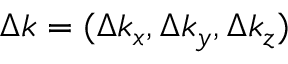
\Delta \boldsymbol { k } = ( \Delta k _ { x } , \Delta k _ { y } , \Delta k _ { z } )